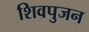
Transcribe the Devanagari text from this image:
शिवपुजन